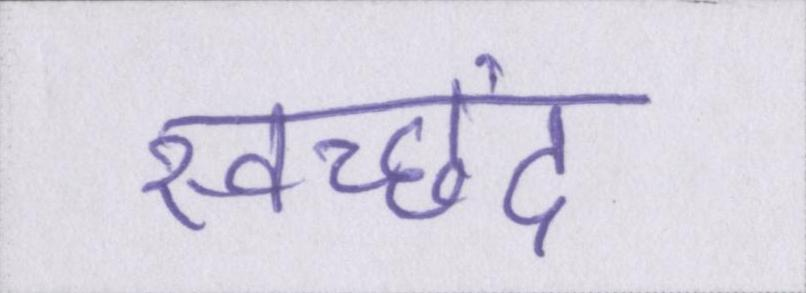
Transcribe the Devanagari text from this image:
स्वच्छंद